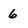
Character: 6